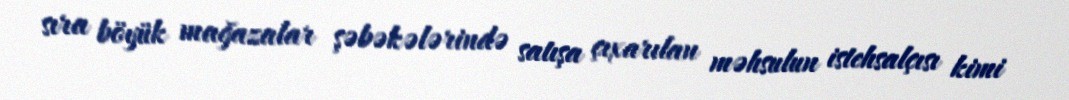
sıra böyük mağazalar şəbəkələrində satışa çıxarılan məhsulun istehsalçısı kimi